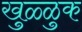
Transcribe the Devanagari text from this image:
खुळ्ळुक